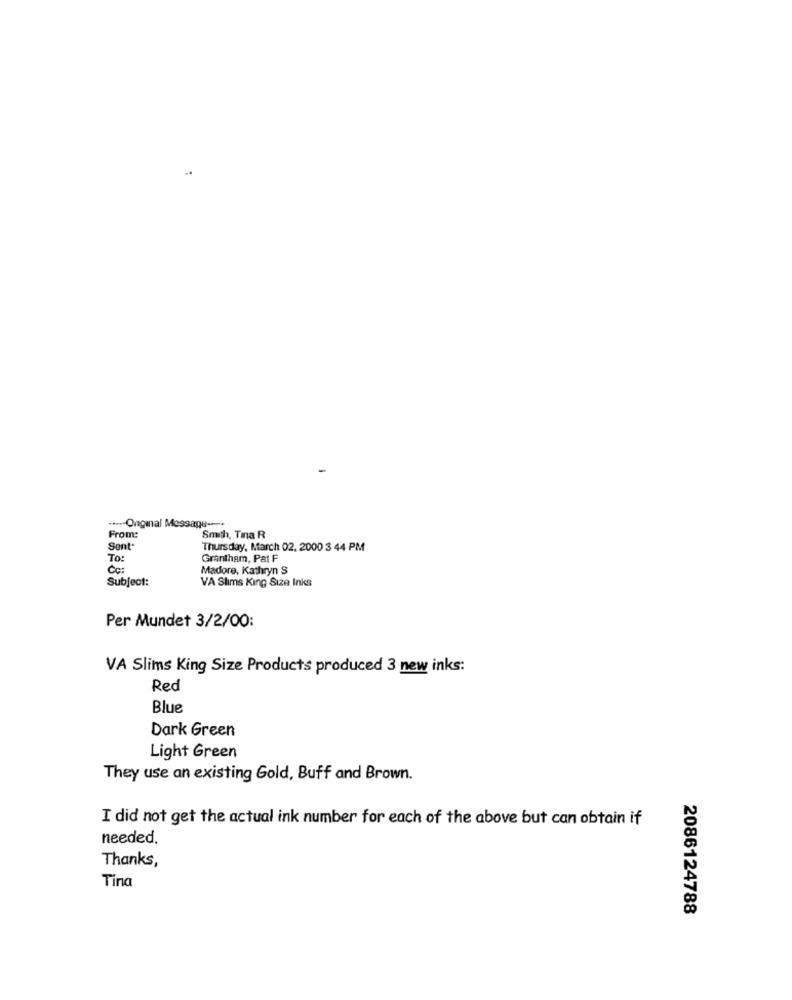
--- Onginal Message ---
From:
Smith, Tra R
Sent
Thursday, March 02, 2000 3 44 PM
To:
Grantham, Pat F
Čc:
Madore, Kathryn S
Subject:
VA Slims King Size Inks
Per Mundet 3/2/00:
VA Slims King Size Products produced 3 new inks:
Red
Blue
Dark Green
Light Green
They use an existing Gold, Buff and Brown.
I did not get the actual ink number for each of the above but can obtain if
needed.
Thanks,
Tina
2086124788